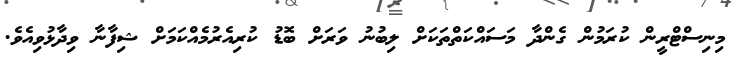
މިނިސްޓްރީން ކުރަމުން ގެންދާ މަސައްކަތްތަކަށް ލިބުނު ވަރަށް ބޮޑު ކުރިއެރުމެއްކަމަށް ޝިފާނާ ވިދާޅުވިއެވެ.